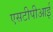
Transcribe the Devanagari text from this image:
एसटीपीआई